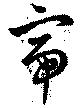
帝